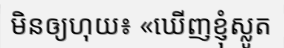
មិនឲ្យហុយ៖ «ឃើញខ្ញុំស្លូត